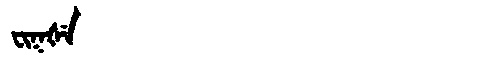
Manchu: ᠸᡳᡴᡧᡝ
Romanization: FIKŠE